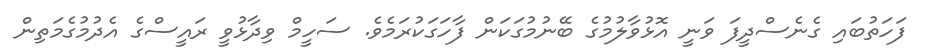
ފަހަތުބައި ގެނެސްދީފަ ވަނީ އޮޅުވާލުމުގެ ބޭނުމުގަކަން ފާހަގަކުރަމެވެ. ސަހީމް ވިދާޅުވީ ރައީސްގެ އެދުމުގެމަތިން